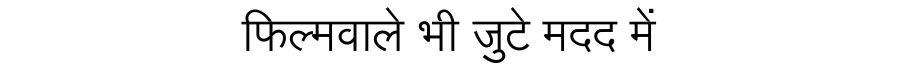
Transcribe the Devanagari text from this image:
फिल्मवाले भी जुटे मदद में